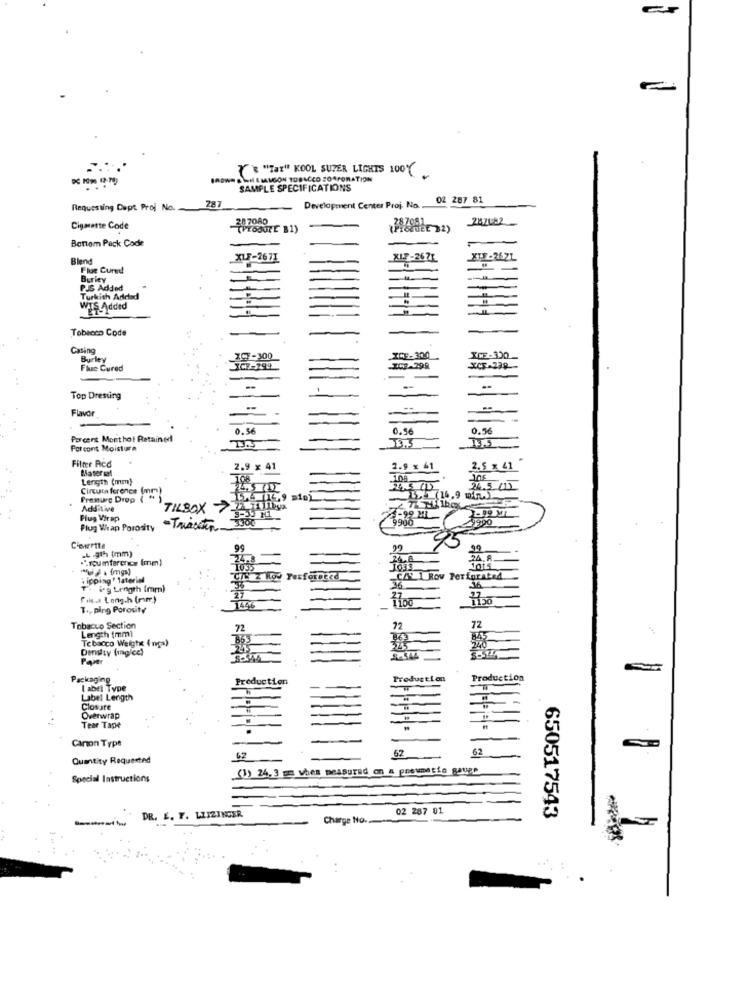
Er
" " "Tar" KOOL SUZER LIGHTS 100%
BROWN DIGI LIALGON TOBACCO CORPORATION
SAMPLE SPECIFICATIONS
287
02 287 81
Requesting Cept Prof No.
Development Center Proj. No.
287080
Cigmette Code
"YOUUTE B1)
Bottom Pack Code
Blend
XLF-2671
XIF-26 ZŁ
XTF -2671
Flue Cured
-
Burley
PJS Added
Turkish Added
WIS Added
Tobacco Code
Cating
Burley
1.07-300
ICE-300
Fluc Cured
ICH-299
XCF-238-
Top Dresuing
Flavor
-
0.56
0.56
0.96
Percent Monthol Retained
Por cont Moistun
Filter Red
Masera!
2.9 x 41
2.9 x 41
2.5 x 41
Length (mm)
108
.108
Circuin ferenes (mm)
Premure Drop
Additive
TILBOX >
Flug Virap
3300
3-99 ME
9900
4990
Plug Wrap Porosity
Cienrette
-4 .9th (mm)
99
.".noumference (men)
24.8
.24.8
"ui . imgs)
1011
tipping " laterin
CAN Z Row Yerforneed
CALI Rov Perforated
36
T.Ig Length (mm)
27
36
Friss Leng.h (rm)
T ., ping Porosity
1446
72
Tobacco Section
72
Length (mm)
Tobacco Weigh Ings)
Density (igice)
Paper
Packaging
Production
Production
Production
I abel Type
Label Length
Closure
Overwrap
Tear Tape
Canon Type
67
62
Quantity Requested
62
(1) 24. 3 m when measured on a pneumatic gaven
Special Instructions
02 287 81
-
DR. E. F. LLIZINGER
Charge No.
650517543